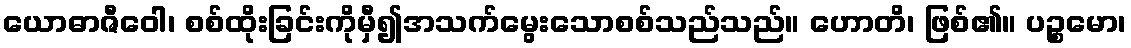
ယောဓာဇီဝေါ၊ စစ်ထိုးခြင်းကိုမှီ၍အသက်မွေးသောစစ်သည်သည်။ ဟောတိ၊ ဖြစ်၏။ ပဉ္စမော၊